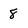
Character: 8